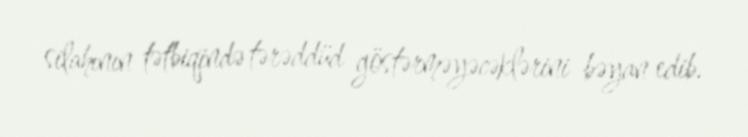
silahının tətbiqində tərəddüd göstərməyəcəklərini bəyan edib.